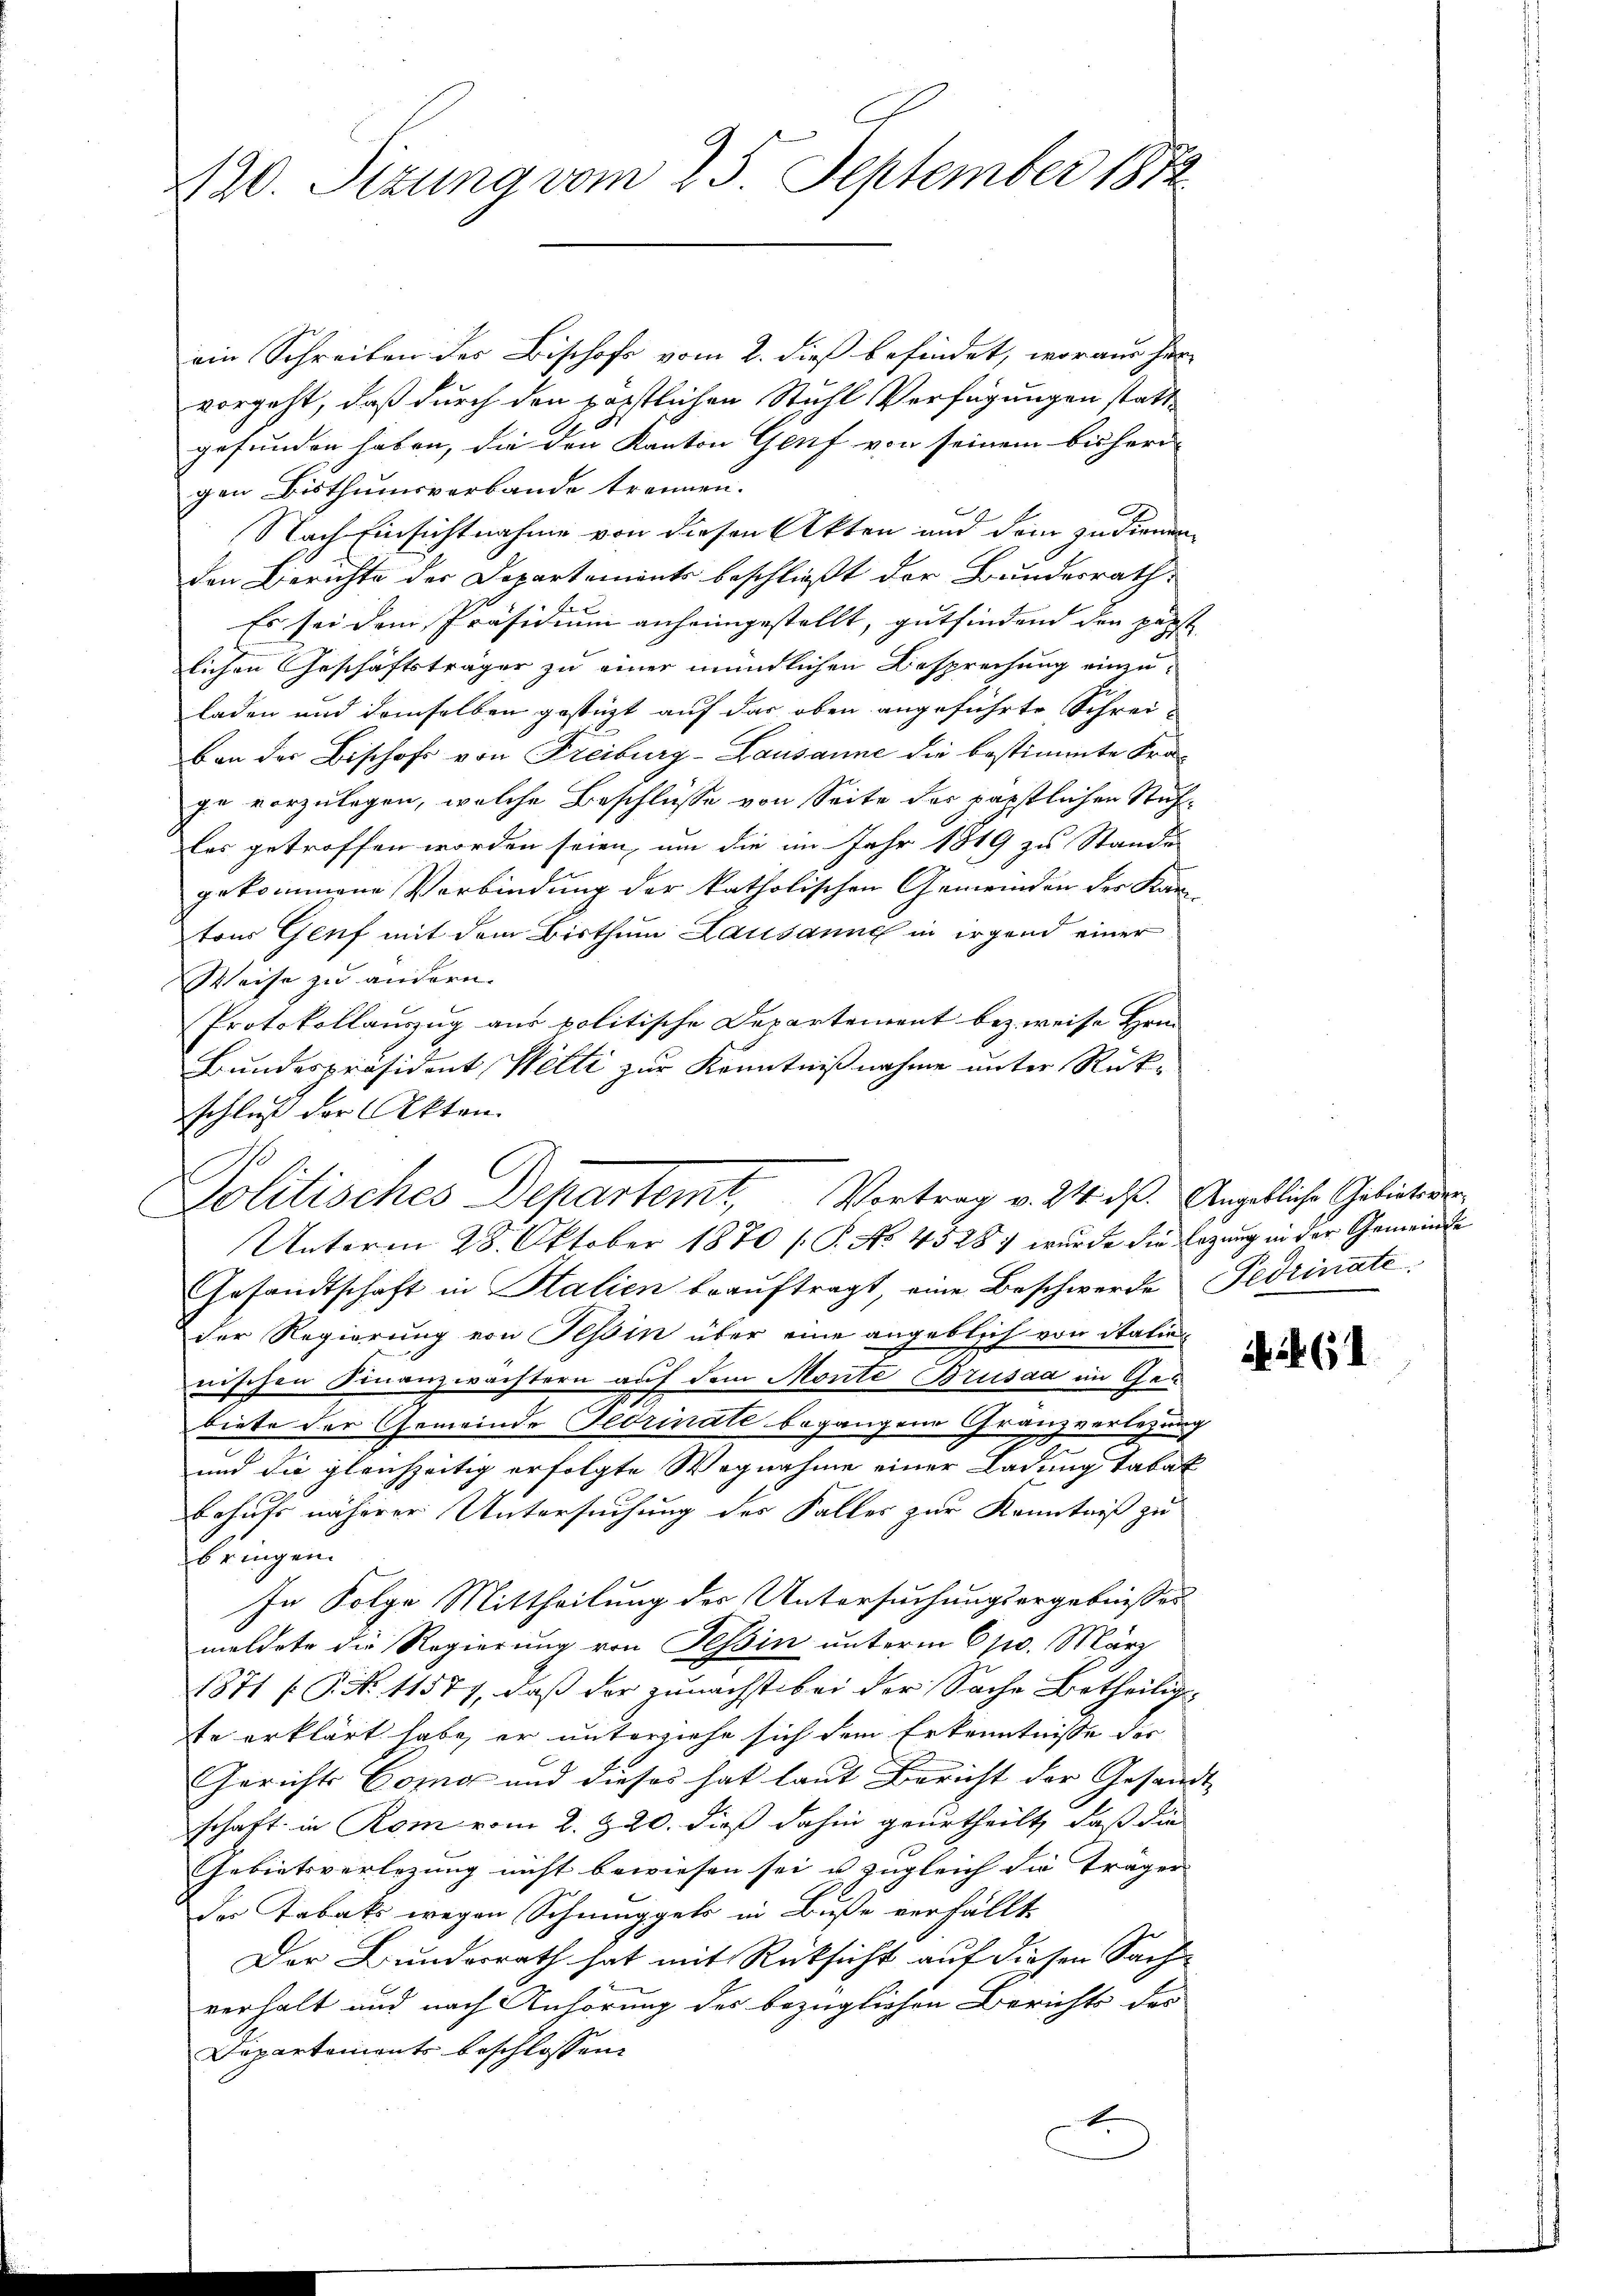
420. Sizung vom 25. September 1872

ein Schreiben des Bischofs vom 2. dieß befindet, woraus her-
vorgeht, daß durch den päpstlichen Stuhl Verfügungen stattgefunden haben, die den Kanton Genf von seinem bisherr
gen Bisthumsverbande trennen.
n
.
Nach Einsichtnahme von diesen Akten und dem zudienen
den Berichte der Departements beschließt der Bundesrath
Es sei dem Präsidium anheimgestellt, gutfindend den passt
lichen Geschäftsträger zu einer mündlichen Besprechung einzu-
laden und demselben gestüzt auf das oben angeführte Schreiban der Bischofs von Freiburg-Lausanne die bestimmte Kra
ge vorzulegen, welche Beschlüsse von Seite des päpstlichen Stuhles getroffen worden seien, um die im Jahr 1849 zu Stande
gekommene Verbindung der katholischen Gemeinden der Kan-
tons Genf mit dem Bisthum Lausanne in irgend einer
Weise zu andern.
Protokollauszug aus politische Departement bezweise Hein
Bundespräsident, Welti zur Kenntnißnahme unter Rückschluß der Akten.
s
Gesandtschaft in Stalien beaŭftragt, eine Beschwerde Fedrinate
der Regierung von Tessin über eine angeblich von Station
nischen Finanzwächtern auf dem Monte Brusaa im Gebiete der Gemeinde Gerinate begangene Granzverlegung
und die gleichzeitig erfolgte Wegnahme einer Ladung Tabak
Behufs näherer Untersuchung des Falles zur Kenntniß zu
bringen.
In Folge Mittheilung des Untersuchungsergebnisses
meldete die Regierung von Tessin unterm 6 p. März
1871 [P. No 11577, daß der zunächst bei der Sache Betheiligte erklärt habe, er unterziehe sich dem Erkenntnisse der
Gerichts Como und dieses hat laut Bericht der Gesandt-
schaft in Rom vom 2. 320. dieß dahin geurtheilt, daß die
Gebietsverlegung nicht bewiesen sei u zugleich die träger
der Tabaks wegen Schmuggels in Buße verfällt.
Der Bundesrath hat mit Rücksicht auf diesen Sach
verhalt und nach Anhörung des bezüglichen Berichts des
Departements beschlossen:

Politisches Departemt, Vortrag v. 24. ds. Angebliche Gebieten
Unterm 28. Oktober 1870 /: P. No. 4528 wurde die Erzung in der Gemeinde

i. 24. 61